Indian journal of veterinary science and animal husbandry - Volume 5,
Year: 1935
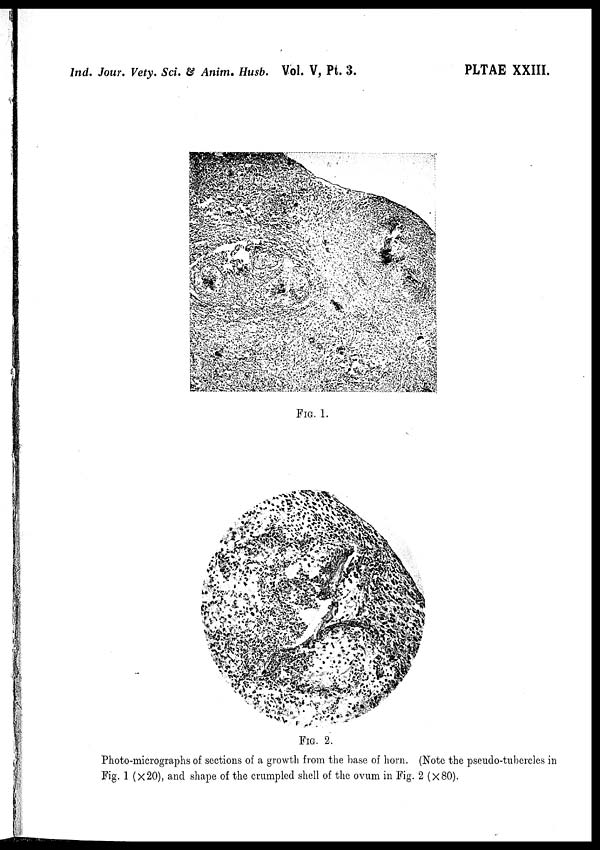
Ind. Jour. Vety. Sci. & Anim. Husb. Vol. V, Pt. 3.
PLTAE XXIII.
FIG. 1.
FIG. 2
Photo-micrographs of sections of a growth from the base of horn. (Note the pseudo-tubercles in
Fig. 1 (×20), and shape of the crumpled shell of the ovum in Fig. 2 (×80).